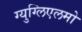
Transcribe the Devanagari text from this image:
ग्युग्लिएलमो